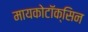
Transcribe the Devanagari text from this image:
मायकोटॉक्सिन